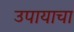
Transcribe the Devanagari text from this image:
उपायाचा